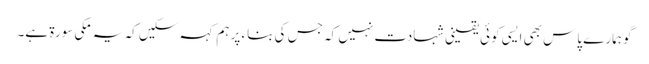
گو ہمارے پاس بھی ایسی کوئی یقینی شہادت نہیں کہ جس کی بناء پر ہم کہہ سکیں کہ یہ مکی سورۃ ہے۔